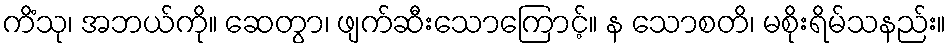
ကိံသု၊ အဘယ်ကို။ ဆေတွာ၊ ဖျက်ဆီးသောကြောင့်။ န သောစတိ၊ မစိုးရိမ်သနည်း။